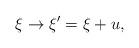
LaTeX: \begin{align*}\xi \rightarrow \xi ^{\prime }=\xi +u,\end{align*}